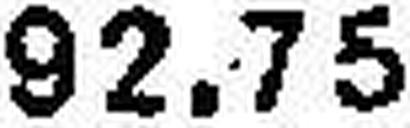
92.75